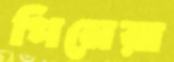
পিনেরা